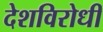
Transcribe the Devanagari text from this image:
देशविरोधी